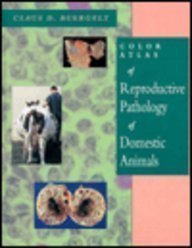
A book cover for Color Atlas of Reproductive Pathology of Domestic Animals, 1e; Claus D. Buergelt DVM  PhD; Medical Books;